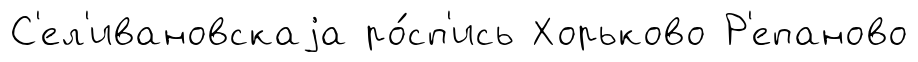
С'ел'ивановскаjа ро́сп'ись Хорьково Р'епаново